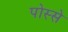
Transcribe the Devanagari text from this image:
पोस्से